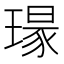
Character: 𮴯